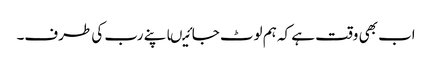
اب بھی وقت ہے کہ ہم لوٹ جائیںاپنے رب کی طرف۔